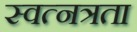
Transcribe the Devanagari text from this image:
स्वत्नत्रता